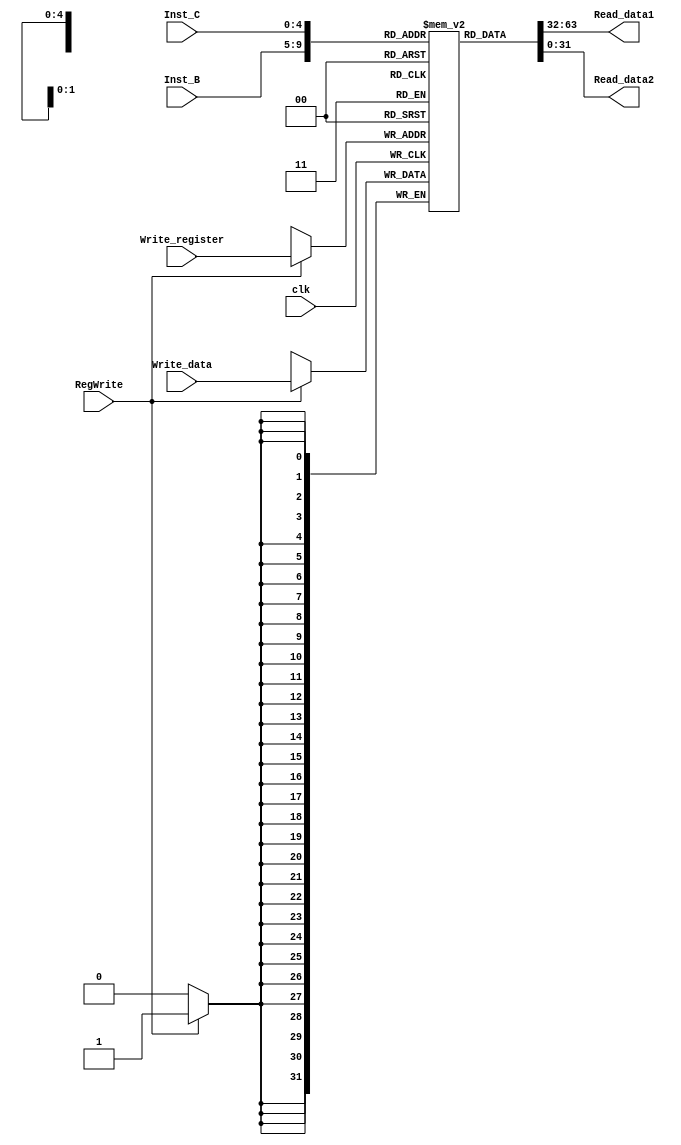
`timescale 1 ns / 1 ps 
 
 
module Register_file (clk, Inst_B, Inst_C, Write_register, Write_data, RegWrite, Read_data1, Read_data2); 
 
input [4:0] Inst_B, Inst_C, Write_register; 
input RegWrite;	   
input [31:0] Write_data;	 
input clk; 
 
output [31:0] Read_data1, Read_data2; 
 
reg [31:0] Registers [0:31];		  
 
initial begin  
	Registers[0]=0;						 // $0 = 0 
	Registers[1]=0;						 // $1 = 0 for default 
	Registers[2]=4;						 // $2 = 4 for default 
	Registers[3]=8;						 // $3 = 8 for default 
	Registers[4]=12;   					 // $4 = 12 for default 
	Registers[18]=0;				   	     // $18 = 0 for default 
end															 	   
 
always @(negedge clk) begin 			// Writing at falling edge 
	 
if (RegWrite ==1) 
	Registers[Write_register]=Write_data; 	 
end	 
 
 
 
assign  Read_data1=Registers[Inst_B];   
assign  Read_data2=Registers[Inst_C]; 
 
 
endmodule